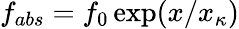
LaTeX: f_{abs}=f_{0}\exp(x/x_{\kappa})